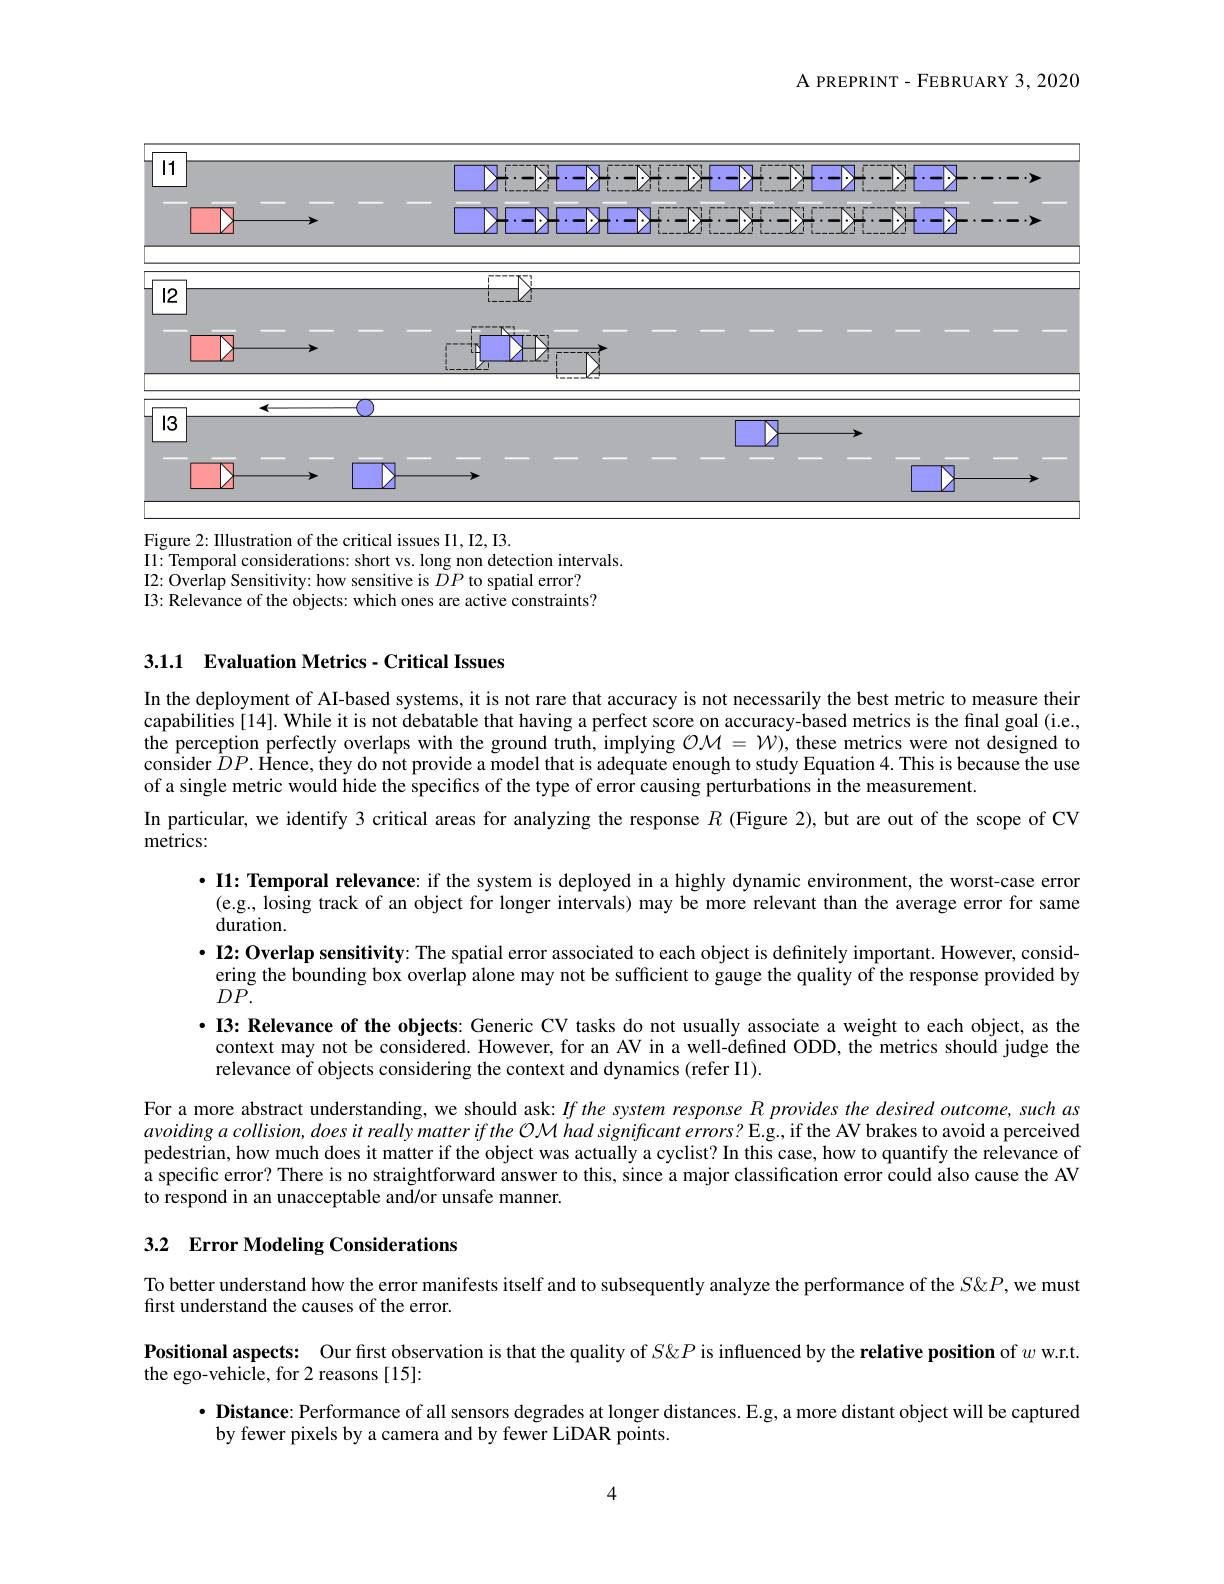
A PREPRINT- FEBRUARY 3, 2020

<FigureHere>

Figure 2: Illustration of the critical issues I1, I2, I3
I1: Temporal considerations: short vs. long non detection intervals
I2: Overlap Sensitivity: how sensitive is $\tilde{DP}$ to spatial error? I3: Relevance of the objects: which ones are active constraints?

3.1.1 Evaluation Metrics- Critical Issues

In the deployment of AI-based systems, it is not rare that accuracy is not necessarily the best metric to measure their capabilities[14]. While it is not debatable that having a perfect score on accuracy-based metrics is the final goal (i.e., the perception perfectly overlaps with the ground truth, implying $\mathcal{O}\mathcal{M}=\mathcal{W})$, these metrics were not designed to consider $\hat{D}P.\tilde{\text{Hence,they do not provide a model that is adequate enough to study Equation 4. This is because the use}}$ of a single metric would hide the specifics of the type of error causing perturbations in the measurement.
In particular, we identify 3 critical areas for analyzing the response $R$ (Figure 2),but are out of the scope of CV
metrics:

$\cdot$ I1: Temporal relevance: if the system is deployed in a highly dynamic environment, the worst-case error (e.g., losing track of an object for longer intervals) may be more relevant than the average error for same duration.
$\cdot$ I2: Overlap sensitivity: The spatial error associated to each object is definitely important. However, consid-
ering the bounding box overlap alone may not be sufficient to gauge the quality of the response provided by
$DP.$
·I3: Relevance of the objects: Generic CV tasks do not usually associate a weight to each object, as the
context may not be considered. However, for an AV in a well-$\dot{\text{defined ODD, the metrics should judge the}}$
relevance of objects considering the context and dynamics (refer Il).
For a more abstract understanding, we should ask: If the system response R provides the desired outcome, such as $avoidingacollision,doesitreallymatteriftheOMhadsignificanterrors?E.g.,if~the~AV~brakes~to~avoid~a~perceived~avoiding~a~collision,does~it~really~matter~if~the~OM~had~significant~errors?~E.g.,~if~the~AV~brakes~to~avoid~a~perceived~a~perceived~a~pond~a~per$ pedestrian, how much does it matter if the object was actually a cyclist? In this case, how to quantify the relevance of a specific error? There is no straightforward answer to this, since a major classification error could also cause the AV to respond in an unacceptable and/or unsafe manner.

# 3.2 Error Modeling Considerations

To better understand how the error manifests itself and to subsequently analyze the performance of the $S\&P$, we must
first understand the causes of the error.

Positional aspects: Our fırst observation is that the quality of $S\&P$ is influenced by the relative position of $w$ w.r.t

the ego-vehicle, for 2 reasons [15]:

$\bullet$ Distance: Performance of all sensors degrades at longer distances. E.g, a more distant object will be captured

by fewer pixels by a camera and by fewer LiDAR points.

4